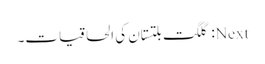
Next: گلگت بلتستان کی الحاقیات۔